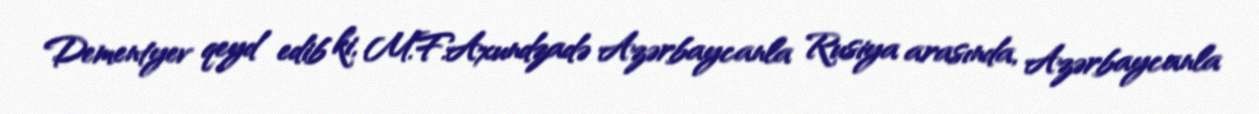
Dementyev qeyd edib ki, M.F.Axundzadə Azərbaycanla Rusiya arasında, Azərbaycanla